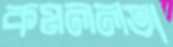
কমললতা